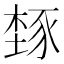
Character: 𬤾